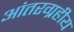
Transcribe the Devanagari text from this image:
आंतरग्रहीय